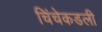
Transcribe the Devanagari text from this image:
चिंचेकडली